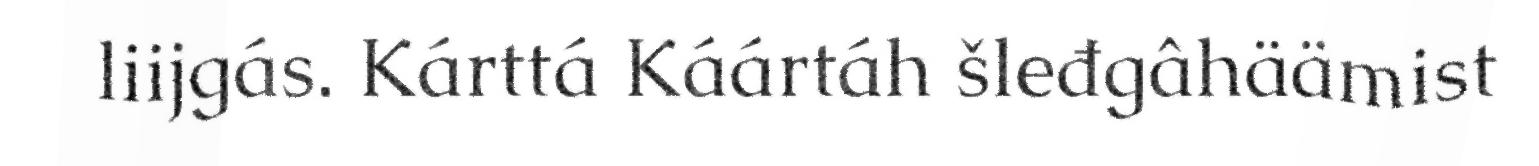
liijgás. Kárttá Káártáh šleđgâhäämist